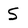
Character: S